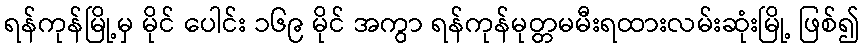
ရန်ကုန်မြို့မှ မိုင် ပေါင်း ၁၆၉ မိုင် အကွာ ရန်ကုန်မုတ္တမမီးရထားလမ်းဆုံးမြို့ ဖြစ်၍